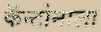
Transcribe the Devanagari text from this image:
कॅन्टोनाला